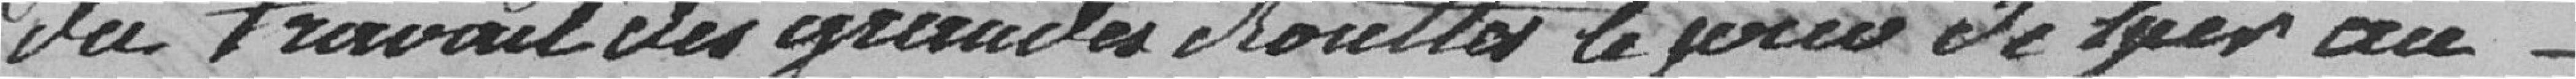
du travail des grandes routes le jour de hier au